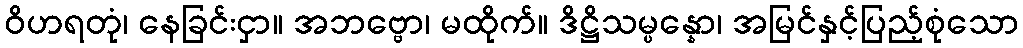
ဝိဟရတုံ၊ နေခြင်းငှာ။ အဘဗ္ဗော၊ မထိုက်။ ဒိဋ္ဌိသမ္ပန္နော၊ အမြင်နှင့်ပြည့်စုံသော